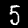
Label: 5